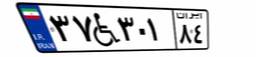
۰۵W۸۳۴۶۰